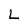
Character: L